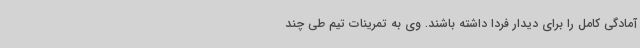
آمادگی کامل را برای دیدار فردا داشته باشند. وی به تمرینات تیم طی چند